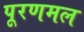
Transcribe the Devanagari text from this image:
पूरणमल